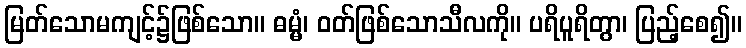
မြတ်သောမကျင့်၌ဖြစ်သော။ ဓမ္မံ၊ ဝတ်ဖြစ်သောသီလကို။ ပရိပူရိတွာ၊ ပြည့်စေ၍။